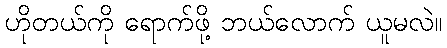
ဟိုတယ်ကို ရောက်ဖို့ ဘယ်လောက် ယူမလဲ။